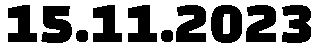
15.11.2023